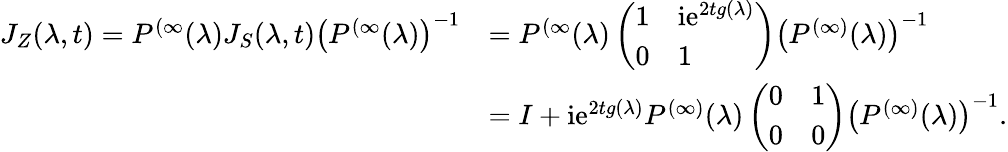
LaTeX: \begin{array}{rl}{J_{Z}(\lambda,t)=P^{(\infty}(\lambda)J_{S}(\lambda,t)\left(P^{(\infty}(\lambda)\right)^{-1}}&{=P^{(\infty}(\lambda)\left(\begin{array}{ll}{1}&{\mathrm{i}\mathrm{e}^{2tg(\lambda)}}\\ {0}&{1}\end{array}\right)\left(P^{(\infty)}(\lambda)\right)^{-1}}\\ &{=I+\mathrm{i}\mathrm{e}^{2tg(\lambda)}P^{(\infty)}(\lambda)\left(\begin{array}{ll}{0}&{1}\\ {0}&{0}\end{array}\right)\left(P^{(\infty)}(\lambda)\right)^{-1}.}\end{array}